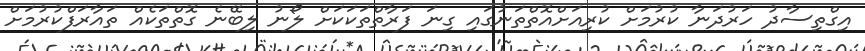
އިގްތިސާދު ހަރުދަނާ ކުރުމަށް ކުރިއަށްއޮތްތަނުގައި ގިނަ ފަރާތްތަކަކަށް ލޯނު ލިބޭނެ ގޮތްތަކެއް ތައާރަފްކުރުމަށް